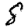
Digit: 8